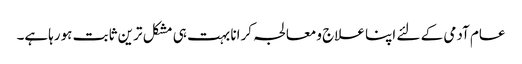
عام آدمی کے لئے اپنا علاج ومعالجہ کرانا بہت ہی مشکل ترین ثابت ہورہاہے۔